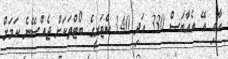
އާއި އޭ އެއާބަސް 330 އަދި 340 ކެޓަރީގެ ބޯޓްތަކަށް ޖެއްސޭނެ ކަމަށް